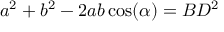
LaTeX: a ^ { 2 } + b ^ { 2 } - 2 a b \cos ( \alpha ) = B D ^ { 2 }